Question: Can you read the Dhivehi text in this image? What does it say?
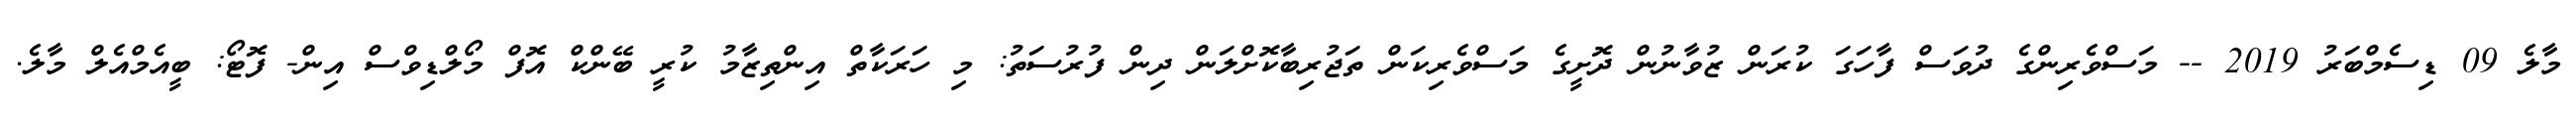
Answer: މާލެ 09 ޑިސެމްބަރު 2019 -- މަސްވެރިންގެ ދުވަސް ފާހަގަ ކުރަން ޒުވާނުން ދޮށީގެ މަސްވެރިކަން ތަޖުރިބާކޮށްލަން ދިން ފުރުސަތު: މި ހަރަކާތް އިންތިޒާމު ކުރީ ބޭންކް އޮފް މޯލްޑިވްސް އިން- ފޮޓޯ: ބީއެމްއެލް މާލެ.